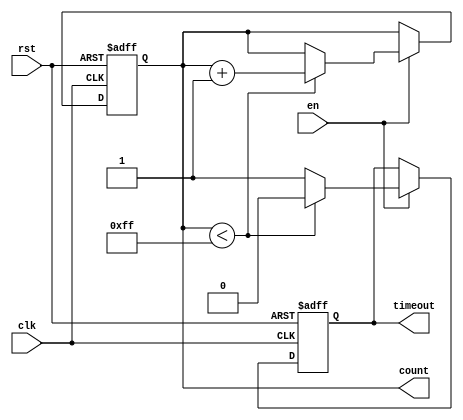
module timeout_counter #(
    parameter MAX_COUNT = 8'd255 // Set the maximum count value (default: 255)
)(
    input wire clk,              // Clock input
    input wire rst,              // Asynchronous reset input
    input wire en,               // Enable signal
    output reg [7:0] count,      // Count output (8-bit)
    output reg timeout           // Time-out signal
);

    // State declarations
    initial begin
        count = 8'd0;  // Initialize count to zero
        timeout = 1'b0; // Initialize timeout to low
    end

    // Counter process
    always @(posedge clk or posedge rst) begin
        if (rst) begin
            count <= 8'd0;     // Reset the count to 0
            timeout <= 1'b0;   // Deassert timeout
        end else if (en) begin
            if (count < MAX_COUNT) begin
                count <= count + 1; // Increment count on enable
                timeout <= 1'b0;     // Keep timeout low
            end else begin
                timeout <= 1'b1;     // Assert timeout when max count is reached
            end
        end
        // If not enabled, do nothing and hold current state
    end

endmodule